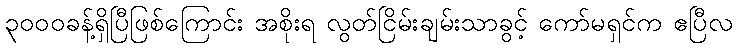
၃၀၀၀ခန့်ရှိပြီဖြစ်ကြောင်း အစိုးရ လွတ်ငြိမ်းချမ်းသာခွင့် ကော်မရှင်က ဧပြီလ